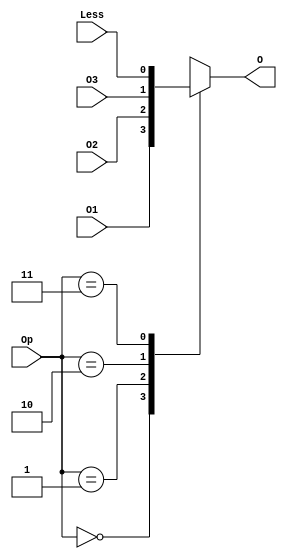

module MUX_ALU(O1,O2,O3,Less,Op,O);
	input O1,O2,O3,Less;
	input [1:0] Op;
	output O;
	
	reg tmp;
	
	
	always @(*)
   begin
		case(Op)
			2'b00:
				tmp = O1;
			2'b01:
				tmp = O2;
			2'b10:
				tmp = O3;
			2'b11:
				tmp = Less;
		endcase
	end
	
	assign O = tmp;

endmodule